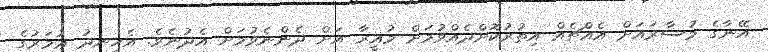
އޭނާގެ މުސާރައަށް އެއްޗެއް އިތުރުކޮށްދެއްވުމަށް މުޣީރާ އަށް ދެންނެވުމަށް އެދުނެވެ. އެހިނދު ޢުމަރުގެ